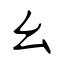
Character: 幺